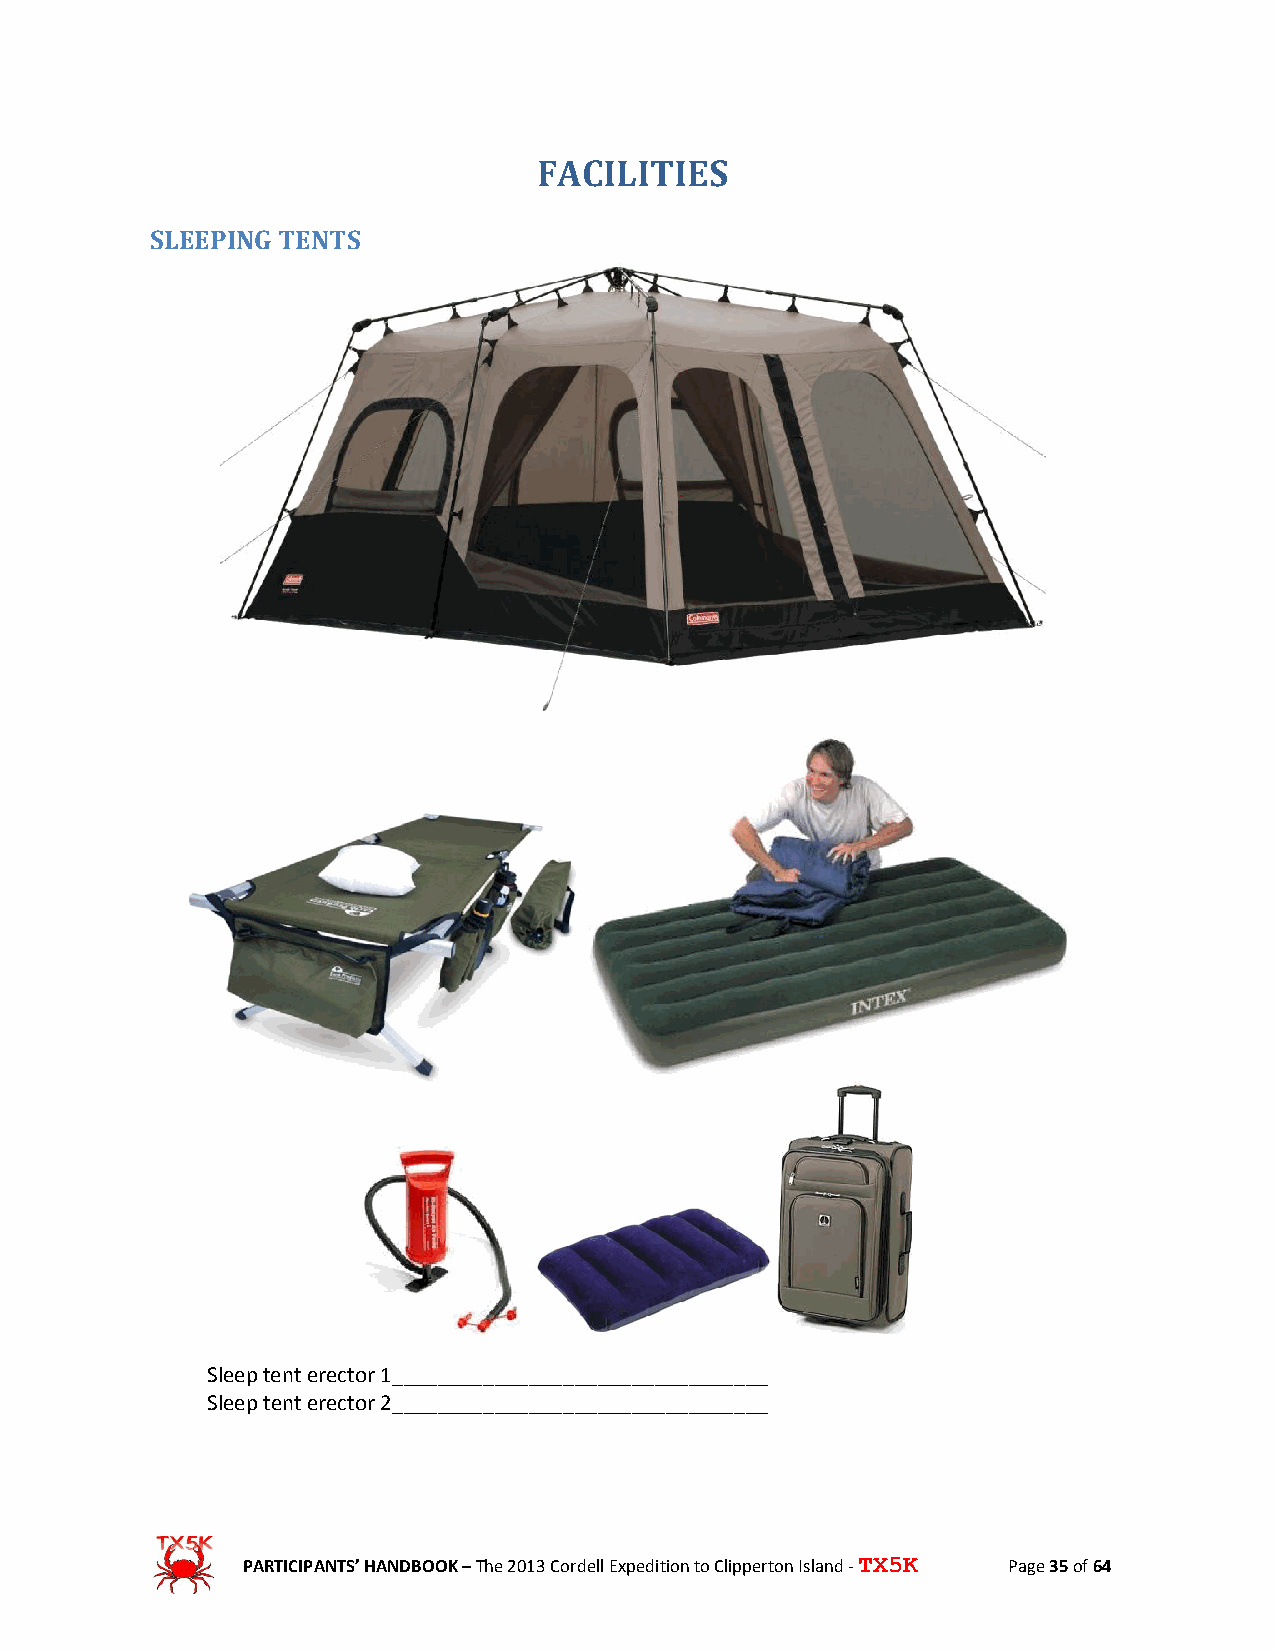
FACILITIES
 SLEEPING TENTS
 Sleep tent erector 1_________________________________
 Sleep tent erector 2_________________________________
 PARTICIPANTS’ HANDBOOK – The 2013 Cordell Expedition to Clipperton Island - TX5K Page 35 of 64